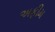
અફીમ